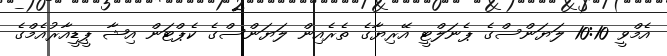
އެމްވީ 10:10 ލަޔަންސްގެ ޕެނަލްޓީ އޭރިޔާގެ ތެރެއިން ލަޔަންސްގެ ކެޕްޓަން އިޝާ ޕީޑީއާރުއެމްގެ